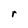
Character: r